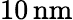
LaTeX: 10\, \mathrm{nm}